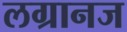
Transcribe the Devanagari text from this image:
लग्रानज